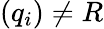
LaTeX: (q_{i})\neq R